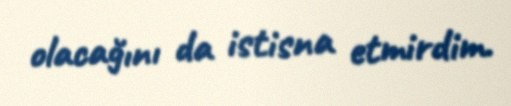
olacağını da istisna etmirdim.